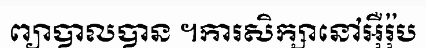
ព្យាបាលបាន ។ការសិក្សានៅអ៊ឺរ៉ុប